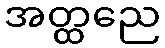
အတ္ထညေ